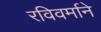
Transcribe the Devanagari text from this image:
रविवर्माने